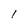
Character: I